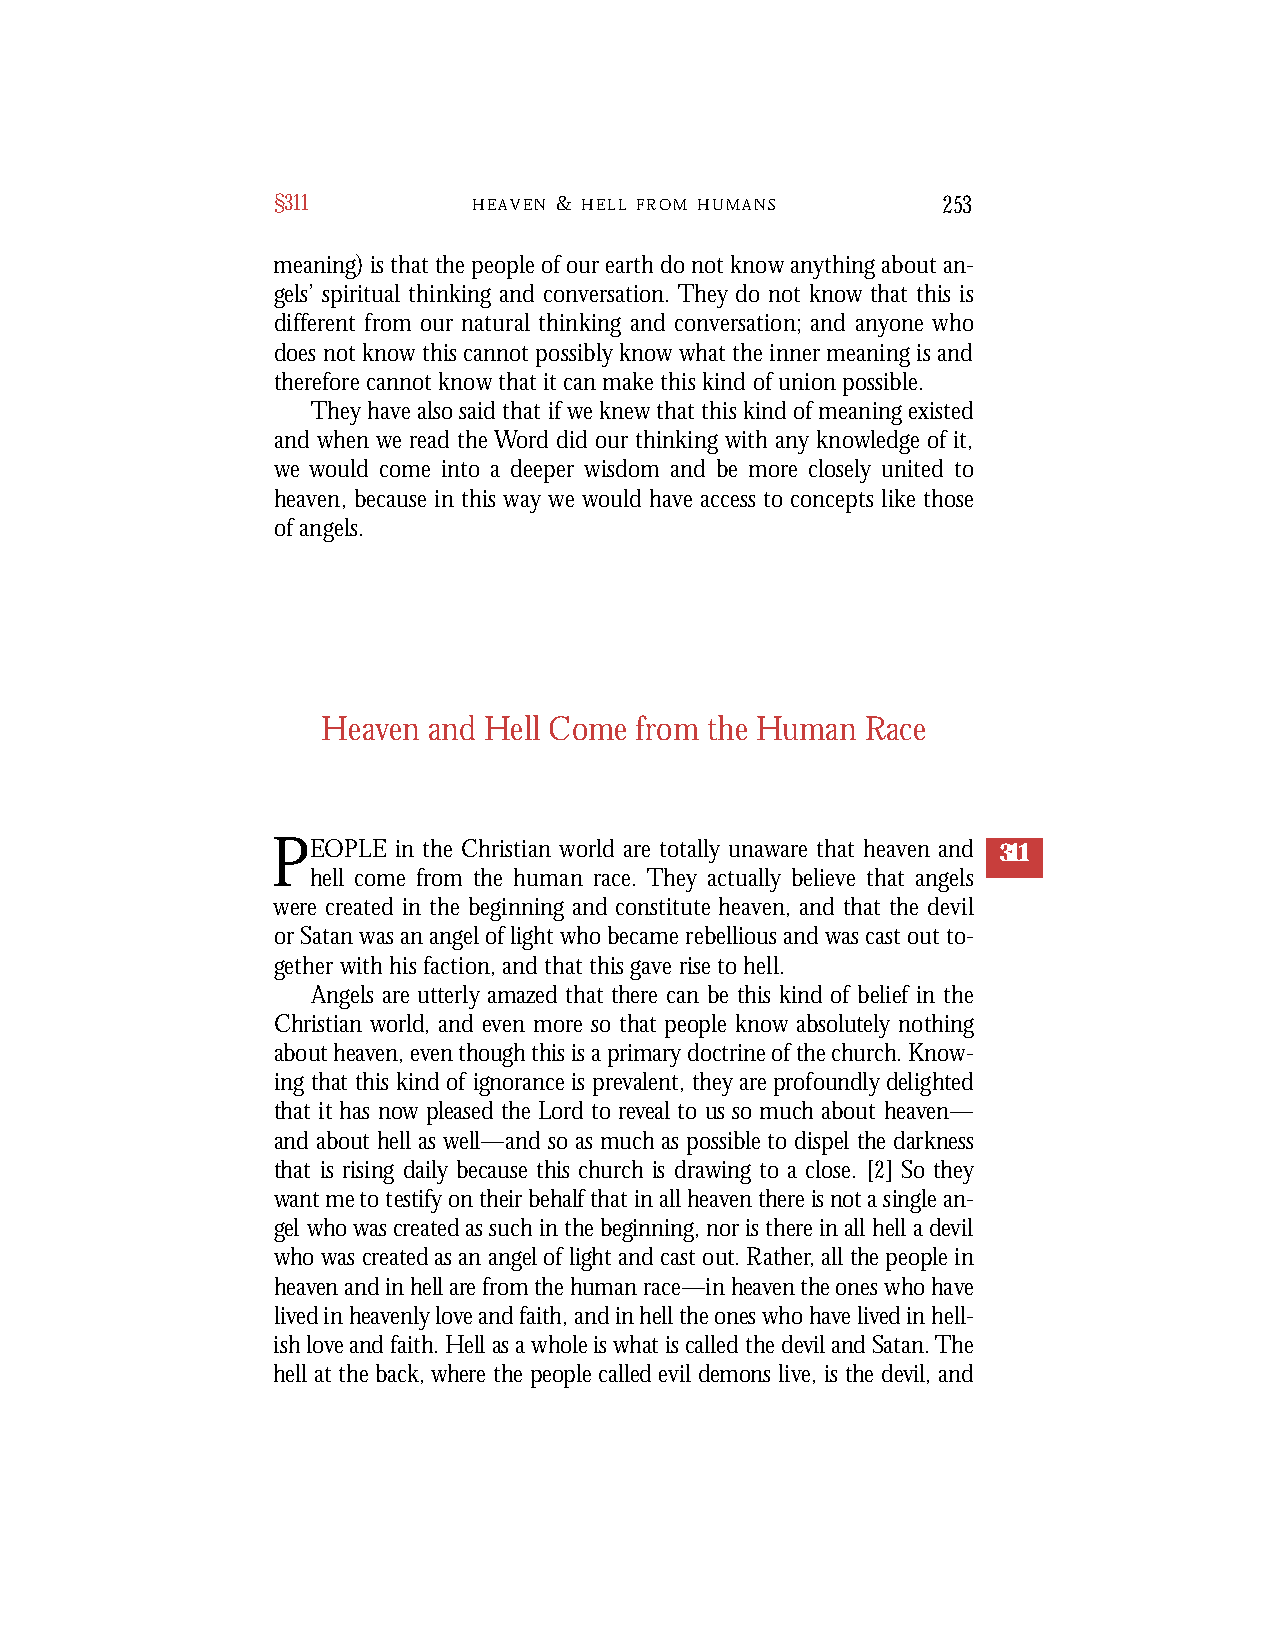
§311         H E A V E N & H E L L F R O M H U M A NS 253
 meaning) is that the people of our earth do not know anything about an-
 gels’ spiritual thinking and conversation. They do not know that this is
 different from our natural thinking and conversation; and anyone who
 does not know this cannot possibly know what the inner meaning is and
 therefore cannot know that it can make this kind of union possible.
 They have also said that if we knew that this kind of meaning existed
 and when we read the Word did our thinking with any knowledge of it,
 we would come into a deeper wisdom and be more closely united to
 heaven, because in this way we would have access to concepts like those
 of angels.
 Heaven and Hell Come from the Human Race
 PEOPLE  in the Christian world are totally unaware that heaven and 311
 hell come from the human race. They actually believe that angels
 were created in the beginning and constitute heaven, and that the devil
 or Satan was an angel of light who became rebellious and was cast out to-
 gether with his faction, and that this gave rise to hell.
 Angels are utterly amazed that there can be this kind of belief in the
 Christian world, and even more so that people know absolutely nothing
 about heaven, even though this is a primary doctrine of the church. Know-
 ing that this kind of ignorance is prev alent, they are profoundly delighted
 that it has now pleased the Lord to rev eal to us so much about heaven —
 and about hell as well—and so as much as possible to dispel the darkn e s s
 that is rising daily because this church is drawing to a close. [2] So they
 want me to testify on their behalf that in all heaven there is not a single an-
 gel who was created as such in the beginning, nor is there in all hell a devil
 who was created as an angel of light and cast out. Rather, all the people in
 he a v en and in hell are from the human race—in heaven the ones who have
 li v ed in heavenly love and faith, and in hell the ones who have lived in hell-
 ish love and faith. Hell as a whole is what is called the devil and Satan. Th e
 hell at the back, where the people called evil demons live, is the devil, and